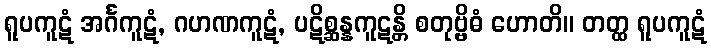
ရူပကူဋံ အင်္ဂကူဋံ, ဂဟဏကူဋံ, ပဋိစ္ဆန္နကူဋန္တိ စတုဗ္ဗိဓံ ဟောတိ။ တတ္ထ ရူပကူဋံ